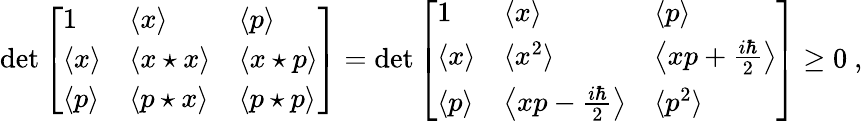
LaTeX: \operatorname*{d\mathrm{e}t}{\left[\begin{array}{lll}{1}&{\langle x\rangle}&{\langle p\rangle}\\ {\langle x\rangle}&{\langle x\star x\rangle}&{\langle x\star p\rangle}\\ {\langle p\rangle}&{\langle p\star x\rangle}&{\langle p\star p\rangle}\end{array}\right]}=\operatorname*{d\mathrm{e}t}{\left[\begin{array}{lll}{1}&{\langle x\rangle}&{\langle p\rangle}\\ {\langle x\rangle}&{\langle x^{2}\rangle}&{\left\langle xp+{\frac{i\hbar}{2}}\right\rangle}\\ {\langle p\rangle}&{\left\langle xp-{\frac{i\hbar}{2}}\right\rangle}&{\langle p^{2}\rangle}\end{array}\right]}\geq0~,